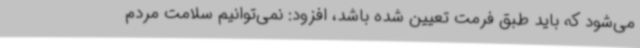
می‌شود که باید طبق فرمت تعیین شده باشد، افزود: نمی‌توانیم سلامت مردم